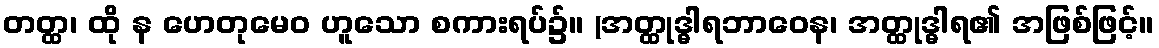
တတ္ထ၊ ထို န ဟေတုမေဝ ဟူသော စကားရပ်၌။ (အတ္ထုဒ္ဓါရဘာဝေန၊ အတ္ထုဒ္ဓါရ၏ အဖြစ်ဖြင့်။